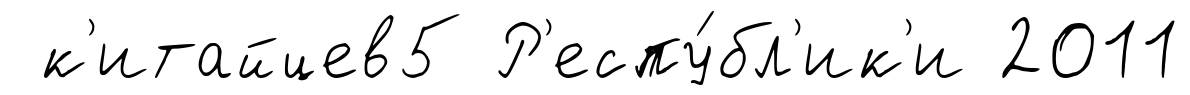
к'итайцев5 Р'еспу́бл'ик'и 2011